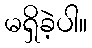
မရှိခဲ့ပါ။